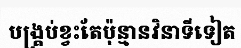
បង្គ្រប់ខ្វះតែប៉ុន្មានវិនាទីទៀត